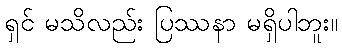
ရှင် မသိလည်း ပြဿနာ မရှိပါဘူး။